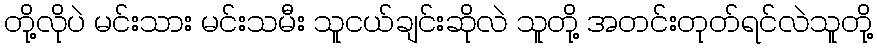
တို့လိုပဲ မင်းသား မင်းသမီး သူငယ်ချင်းဆိုလဲ သူတို့ အတင်းတုတ်ရင်လဲသူတို့